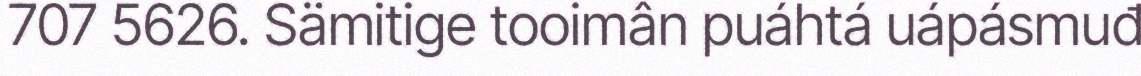
707 5626. Sämitige tooimân puáhtá uápásmuđ